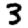
Digit: 3